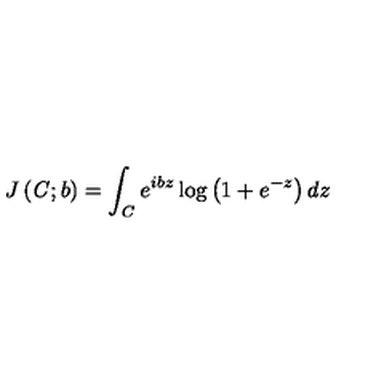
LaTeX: J \left( { \it C } ; b \right) = \int _ { { \it C } } e ^ { i b z } \log \left( 1 + e ^ { - z } \right) d z